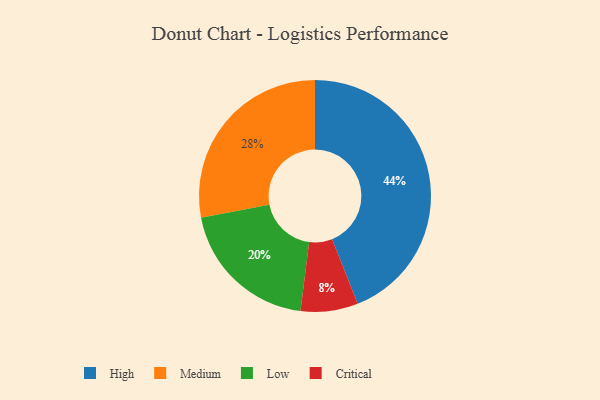
{"axis": {"x": "Category", "y": "Percentage"}, "legend": ["Critical", "High", "Low", "Medium"], "data": [{"x": "Medium", "y": 28, "type": "Medium"}, {"x": "Critical", "y": 8, "type": "Critical"}, {"x": "High", "y": 44, "type": "High"}, {"x": "Low", "y": 20, "type": "Low"}]}